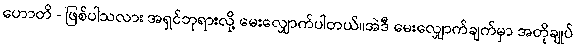
ဟောတိ - ဖြစ်ပါသလား အရှင်ဘုရားလို့ မေးလျှောက်ပါတယ်။အဲဒီ မေးလျှောက်ချက်မှာ အတိုချုပ်